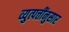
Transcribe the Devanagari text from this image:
व्युत्पत्तींनुसार